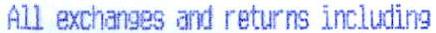
ALL EXCHANGES AND RETURNS INCLUDING